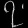
Digit: ၇